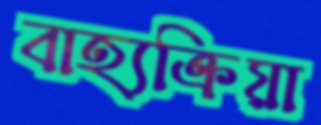
বাহ্যক্রিয়া